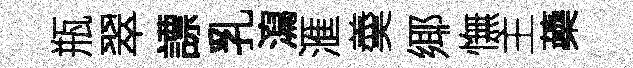
瓶翠謤乳瀉滙羮鄊憮主蘃